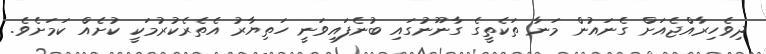
ދިވެހިރާއްޖެއަށް ގެނައުން މަނާ ތަކެތީގެ ގާނޫނުގައި ބުނެފައިވަނީ ހަތިޔާރު އެތެރެކުރުމަކީ ކުށެއް ކަމަށެވެ.